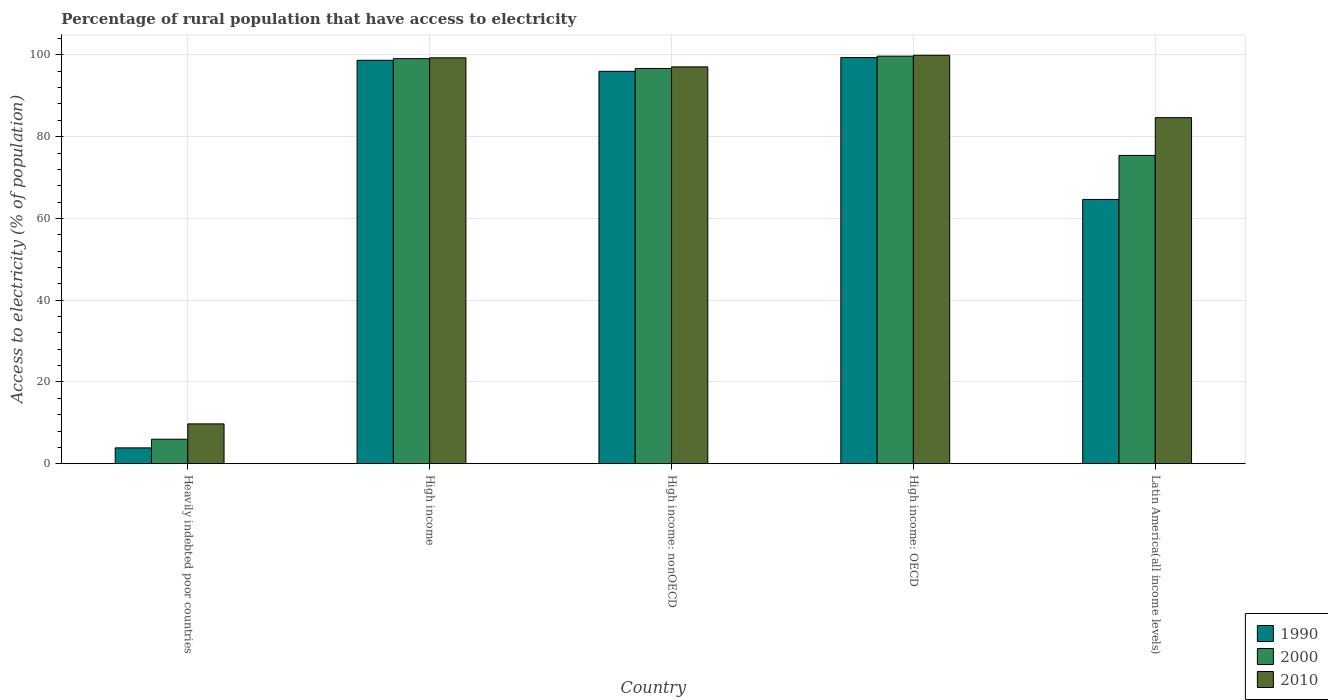
| Country | 1990 | 2000 | 2010 |
 | --- | --- | --- | --- |
 | Heavily indebted poor countries | 3.88 | 6 | 9.75 |
 | High income | 98.7 | 99.1 | 99.3 |
 | High income: nonOECD | 96 | 96.7 | 97.1 |
 | High income: OECD | 99.3 | 99.7 | 99.9 |
 | Latin America(all income levels) | 64.6 | 75.4 | 84.6 |